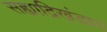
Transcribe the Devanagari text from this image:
सह्याद्रिखंडात